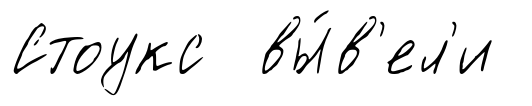
Стоукс вы́в'ел'и